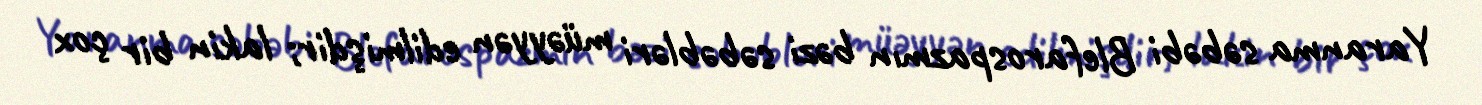
Yaranma səbəbi Blefarospazmın bəzi səbəbləri müəyyən edilmişdir; lakin bir çox